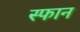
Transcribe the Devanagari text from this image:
स्फान